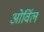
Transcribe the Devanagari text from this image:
ओर्विल